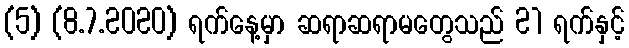
(5) (8.7.2020) ရက်နေ့မှာ ဆရာဆရာမတွေသည် 21 ရက်နှင့်